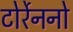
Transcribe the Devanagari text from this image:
टोर्रेननो